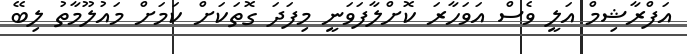
އަފްރާޝިމް އަލީ ވެސް އަވަހާރަ ކޮށްލާފަވަނީ މިފަދަ ގޮތަކަށް ކަމަށް މައުލޫމާތު ލިބޭ